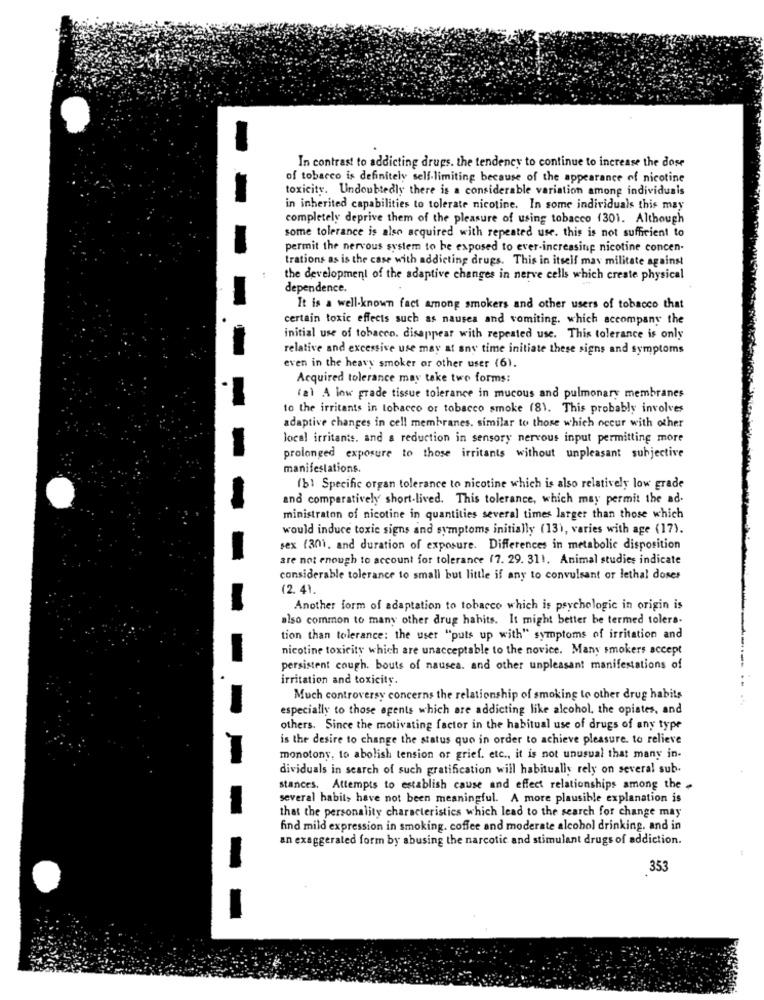
In contrast to addicting drups. the tendency to continue to increase the dose
of tobacco is definitely self-limiting because of the appearance of nicotine
toxicity. Undoubtedly there is a considerable variation among individuais
in inherited capabilities to tolerate nicotine. In some individuals this may
completely deprive them of the pleasure of using tobacco (301. Although
some tolerance is also acquired with repeated use. this is not sufficient to
permit the nervous system to be exposed to ever-increasing nicotine concen-
trations as is the case with addicting drugs. This in itself max militate against
the development of the adaptive changes in nerve cells which create physical
dependence.
It is a well-known fact among smokers and other users of tobacco that
certain toxic effects such as nausea and vomiting. which accompany the
initial use of tobacco. disappear with repeated use. This tolerance is only
relative and excessive use may at any time initiate these signs and symptoms
even in the heavy smoker or other user (6).
Acquired tolerance may take two forms:
(a) A low grade tissue tolerance in mucous and pulmonary membranes
to the irritants in tobacco or tobacco smoke (81. This probably involves
adaptive changes in cell membranes. similar to those which occur with other
local irritants. and a reduction in sensory nervous input permitting more
prolonged exposure to those irritants without unpleasant subjective
manifestations.
(b) Specific organ tolerance to nicotine which is also relatively low grade
and comparatively short-lived. This tolerance, which may permit the ad.
ministraton of nicotine in quantities several times larger than those which
would induce toxic signs and symptoms initially (13), varies with age (17).
sex (301, and duration of exposure. Differences in metabolic disposition
are not enough to account for tolerance (7. 29. 311. Animal studies indicate
considerable tolerance to small but little if any to convulsant or lethal doses
(2.41
Another form of adaptation to tobacco which is psychologic in origin is
also common to many other drug habits. It might better be termed tolers.
tion than tolerance: the user "puts up with" symptoms of irritation and
nicotine toxicity which are unacceptable to the novice. Many smokers accept
persistent cough. bouts of nausea. and other unpleasant manifestations of
irritation and toxicity.
Much controversy concerns the relationship of smoking to other drug habits
especially to those agents which are addicting like alcohol, the opiates, and
others. Since the motivating factor in the habitual use of drugs of any type
is the desire to change the status quo in order to achieve pleasure. to relieve
monotony, to abolish tension of grief. etc ., it is not unusual that many in-
dividuals in search of such gratification will habitually rely on several sub-
stances. Attempts to establish cause and effect relationships among the
several habit> have not been meaningful. A more plausible explanation is
that the personality characteristics which lead to the search for change may
find mild expression in smoking. coffee and moderate alcohol drinking. and in
an exaggerated form by abusing the narcotic and stimulant drugs of addiction.
353